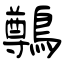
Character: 鷷